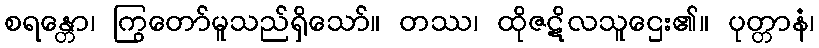
စရန္တော၊ ကြွတော်မူသည်ရှိသော်။ တဿ၊ ထိုဇဋိလသူဌေး၏။ ပုတ္တာနံ၊